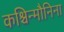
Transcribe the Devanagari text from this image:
कश्चिन्मौनिना